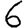
Digit: 6